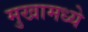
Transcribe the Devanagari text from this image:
मुखामध्ये